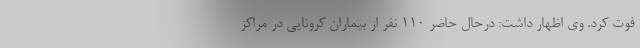
فوت کرد. وی اظهار داشت: درحال حاضر ۱۱۰ نفر از بیماران کرونایی در مراکز